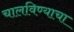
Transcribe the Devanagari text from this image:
चालविण्‍याचा